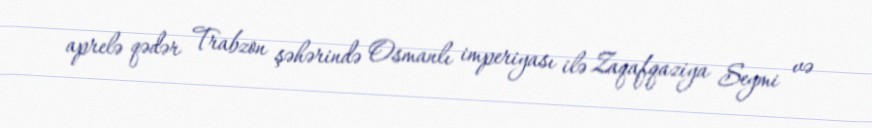
aprelə qədər Trabzon şəhərində Osmanlı imperiyası ilə Zaqafqaziya Seymi və